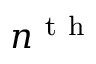
n ^ { \mathrm { ~ t ~ h ~ } }